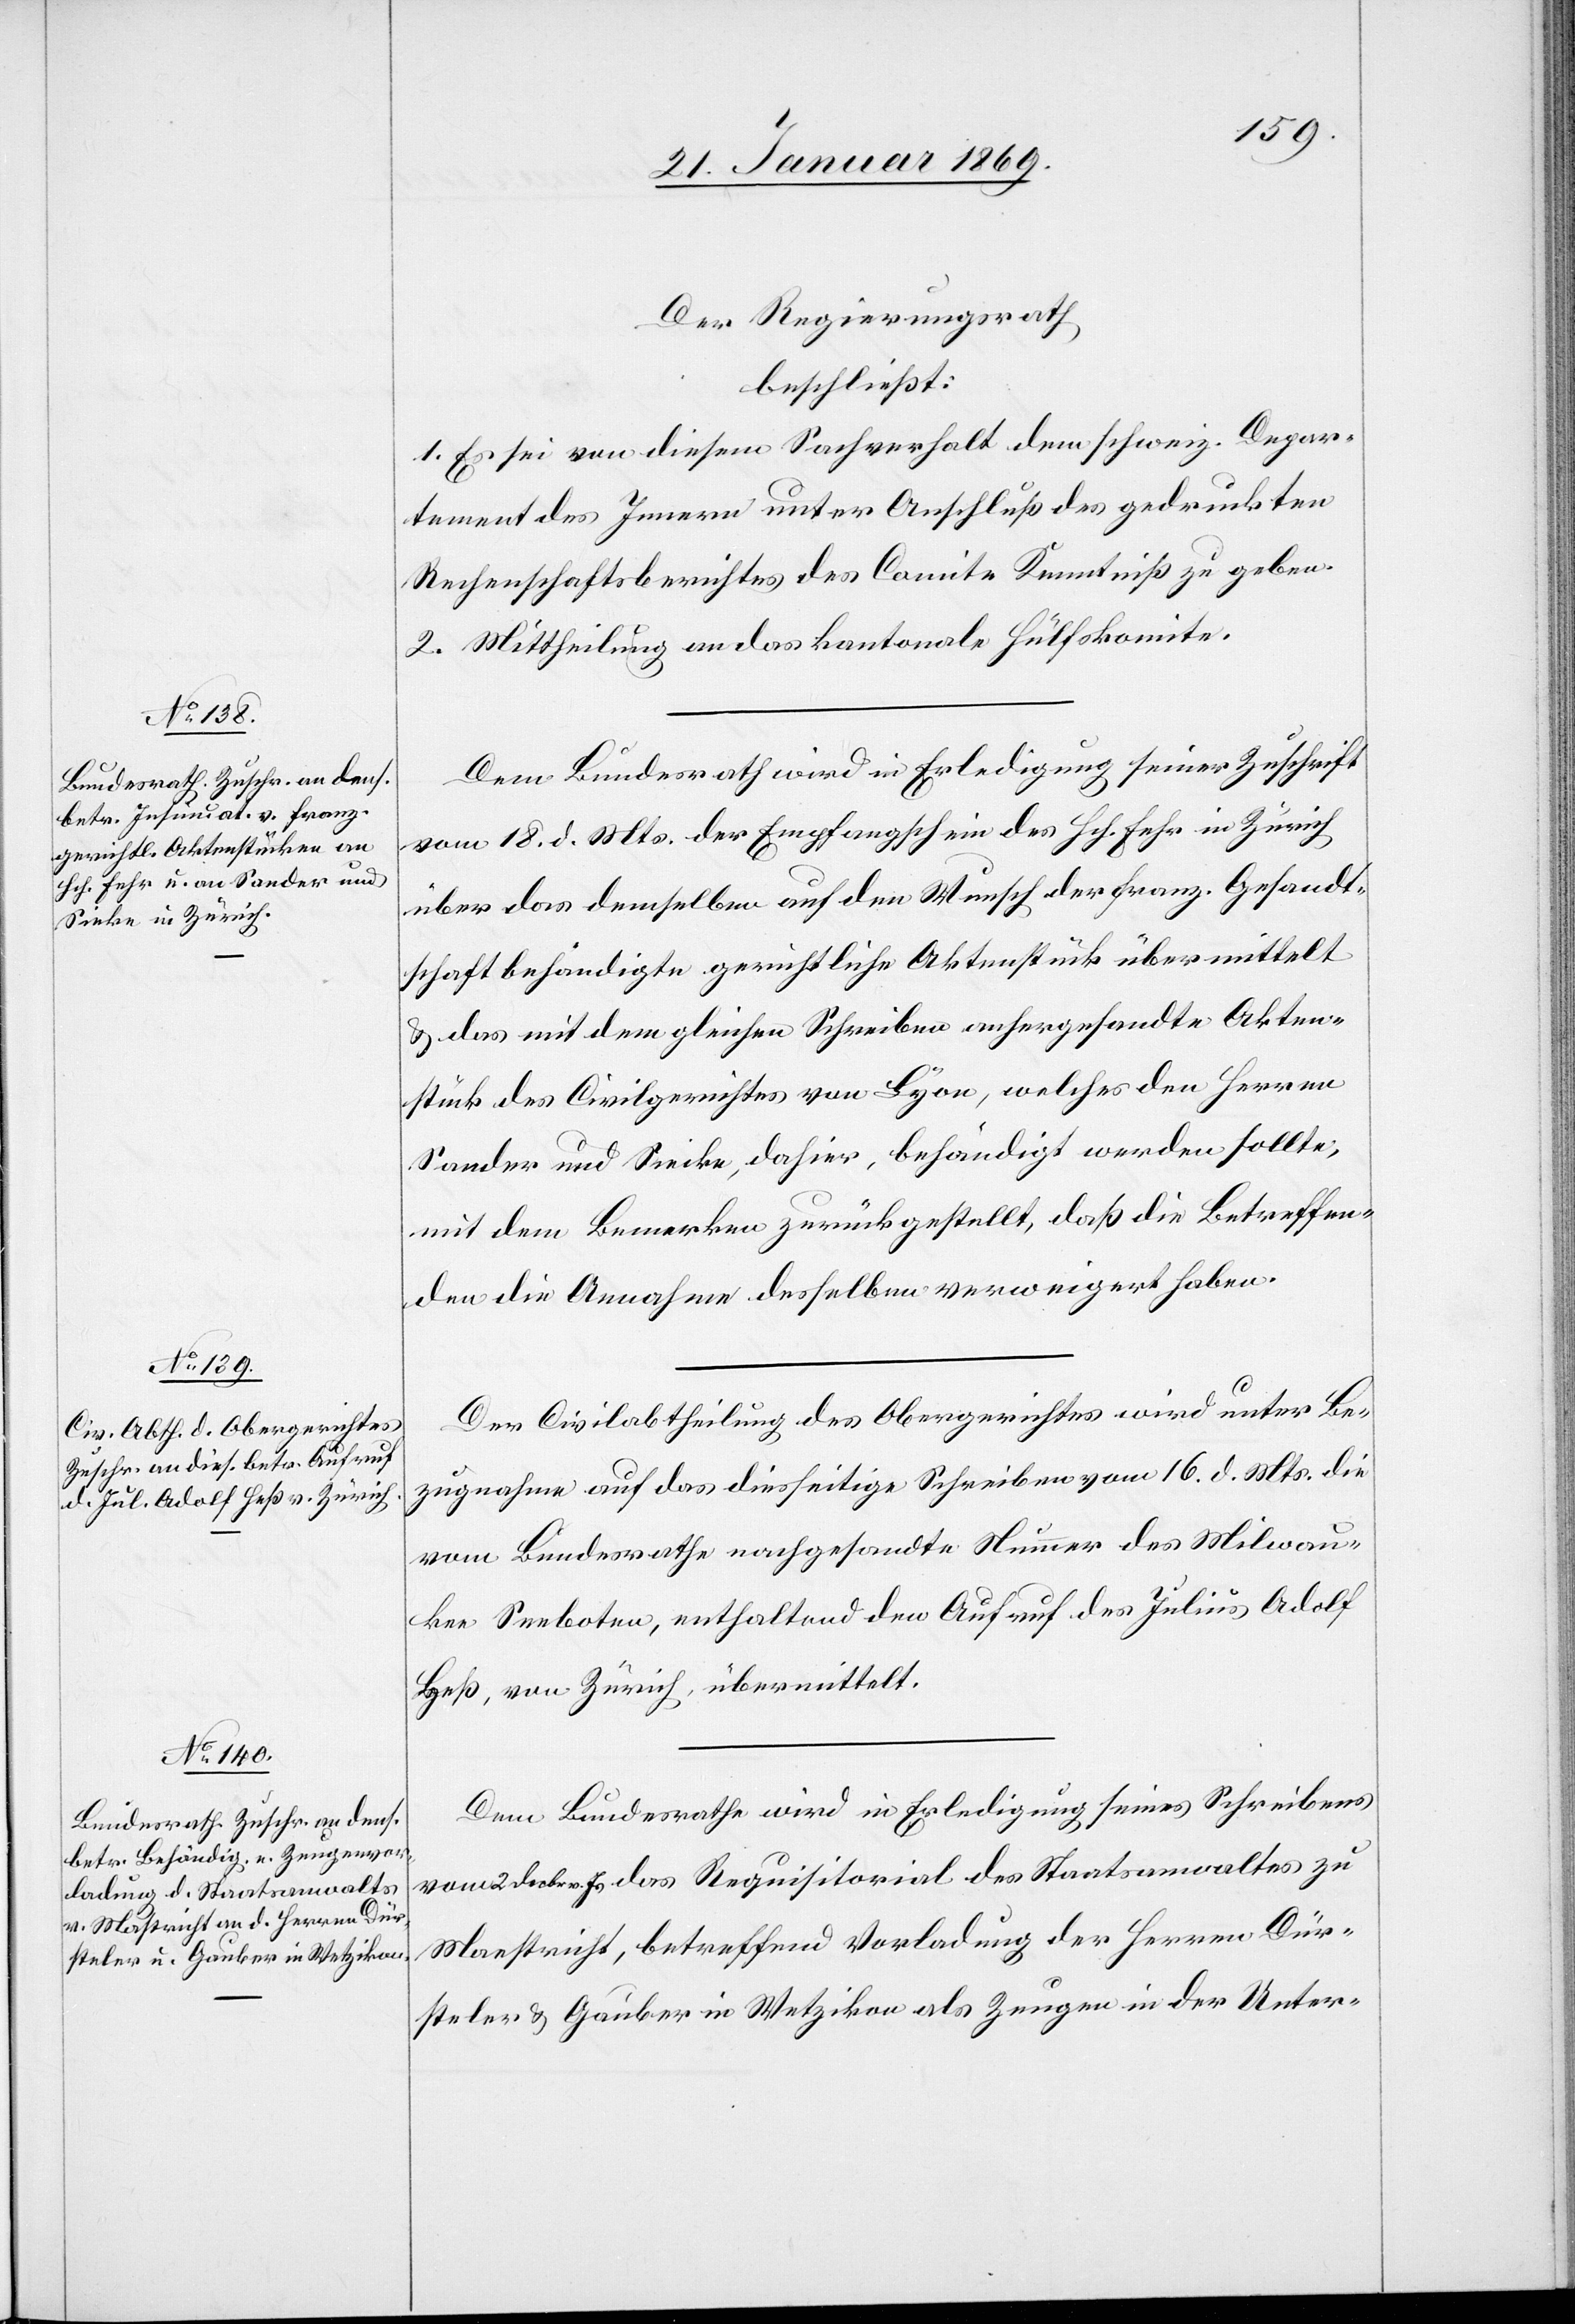
25. Januar 1869.]
Der Regierungsrath
beschließt:
1. Es sei von diesem Sachverhalt dem schweiz. Depar¬
tement des Innern unter Anschluß des gedruckten
Rechenschaftsberichtes des Comite Kenntniß zu geben.
2. Mittheilung an das kantonale Hülfskomite.
Dem Bundesrath wird in Erledigung seiner Zuschrift
vom 18. d. Mts. der Empfangsschein des Hch. Fehr in Zürich
über das demselben auf den Wunsch der franz. Gesandt¬
schaft behändigte gerichtliche Aktenstück übermittelt
& das mit dem gleichen Schreiben anhergesandte Akten¬
stück des Civilgerichtes von Lyon, welches den Herrn
Sander und Siecke [sic!], dahier, behändigt werden sollte,
mit dem Bemerken zurückgestellt, daß die Betreffen¬
den die Annahme desselben verweigert haben.
Der Civilabtheilung des Obergerichtes wird unter Be¬
zugnahme auf das diesseitige Schreiben vom 16. d. Mts. die
vom Bundesrathe nachgesandte Nummer des Milwau¬
kee Seeboten, enthaltend den Aufruf des Julius Adolf
Heß, von Zürich, übermittelt.
Dem Bundesrathe wird in Erledigung seines Schreibens
vom 2. Febr. d. Js. das Requisitorial des Staatsanwaltes zu
[sic!], betreffend Vorladung der Herren Dür¬
steler & Gauber in Wetzikon als Zeugen in der Unter-